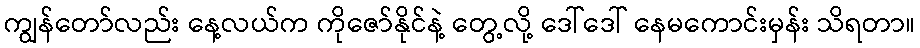
ကျွန်တော်လည်း နေ့လယ်က ကိုဇော်နိုင်နဲ့ တွေ့လို့ ဒေါ်ဒေါ် နေမကောင်းမှန်း သိရတာ။